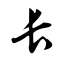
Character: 长